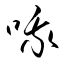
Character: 哦